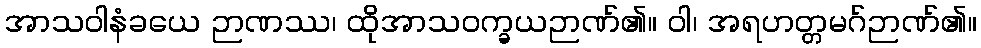
အာသဝါနံခယေ ဉာဏဿ၊ ထိုအာသဝက္ခယဉာဏ်၏။ ဝါ၊ အရဟတ္တမဂ်ဉာဏ်၏။